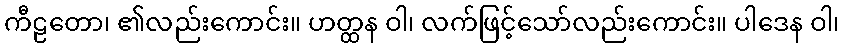
ကီဠတော၊ ၏လည်းကောင်း။ ဟတ္ထန ဝါ၊ လက်ဖြင့်သော်လည်းကောင်း။ ပါဒေန ဝါ၊